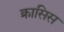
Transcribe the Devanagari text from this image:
क्रासिस